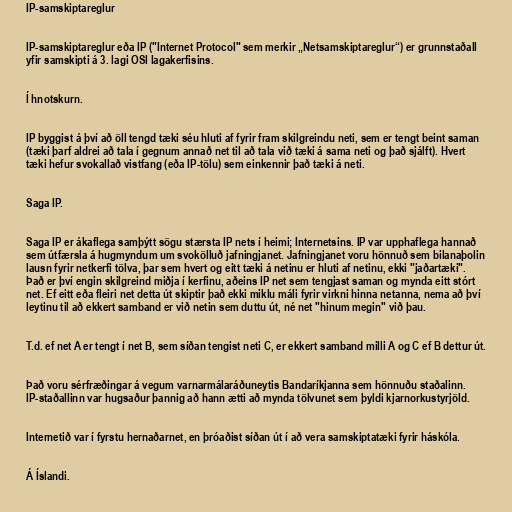
IP-samskiptareglur

IP-samskiptareglur eða IP ("Internet Protocol" sem merkir „Netsamskiptareglur“) er grunnstaðall
yfir samskipti á 3. lagi OSI lagakerfisins.

Í hnotskurn.

IP byggist á því að öll tengd tæki séu hluti af fyrir fram skilgreindu neti, sem er tengt beint saman
(tæki þarf aldrei að tala í gegnum annað net til að tala við tæki á sama neti og það sjálft). Hvert
tæki hefur svokallað vistfang (eða IP-tölu) sem einkennir það tæki á neti.

Saga IP.

Saga IP er ákaflega samþýtt sögu stærsta IP nets í heimi; Internetsins. IP var upphaflega hannað
sem útfærsla á hugmyndum um svokölluð jafningjanet. Jafningjanet voru hönnuð sem bilanaþolin
lausn fyrir netkerfi tölva, þar sem hvert og eitt tæki á netinu er hluti af netinu, ekki "jaðartæki".
Það er því engin skilgreind miðja í kerfinu, aðeins IP net sem tengjast saman og mynda eitt stórt
net. Ef eitt eða fleiri net detta út skiptir það ekki miklu máli fyrir virkni hinna netanna, nema að því
leytinu til að ekkert samband er við netin sem duttu út, né net "hinum megin" við þau.

T.d. ef net A er tengt í net B, sem síðan tengist neti C, er ekkert samband milli A og C ef B dettur út.

Það voru sérfræðingar á vegum varnarmálaráðuneytis Bandaríkjanna sem hönnuðu staðalinn.
IP-staðallinn var hugsaður þannig að hann ætti að mynda tölvunet sem þyldi kjarnorkustyrjöld.

Internetið var í fyrstu hernaðarnet, en þróaðist síðan út í að vera samskiptatæki fyrir háskóla.

Á Íslandi.